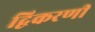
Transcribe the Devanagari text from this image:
द्विकरणी